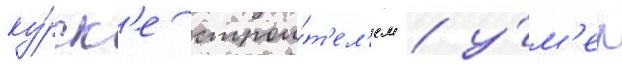
ку́рск'е строи́т'ел'ем / у́м'ер